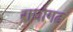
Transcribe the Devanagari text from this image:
राघोगढ